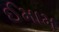
ઈમામ